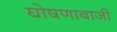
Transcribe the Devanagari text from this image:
घोषणाबाजी